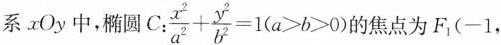
系 xOy 中，椭圆C.:$$\frac { x ^ { 2 } } { a ^ { 2 } } + \frac { y ^ { 2 } } { b ^ { 2 } } = 1$$ ( $$a > b > 0$$)的焦点为F_{1}(-1，